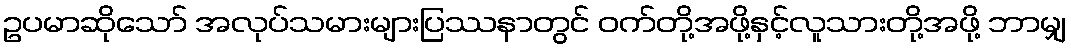
ဥပမာဆိုသော် အလုပ်သမားများပြဿနာတွင် ဝက်တို့အဖို့နှင့်လူသားတို့အဖို့ ဘာမျှ